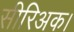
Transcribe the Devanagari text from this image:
सीरिअक।